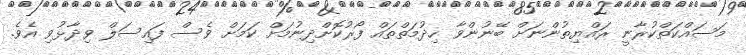
މަސައްކަތްކުރާނީ ރައްޔިތުންނަށް ބޭނުންވާ ހިދުމަތްތައް ފޯރުކޮށްދިނުމަށް ކަމަށް ވެސް ފައިސަލް ވިދާޅުވި އެވެ.